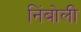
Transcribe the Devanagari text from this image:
निंबोली